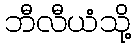
ဘီလီယံသို့